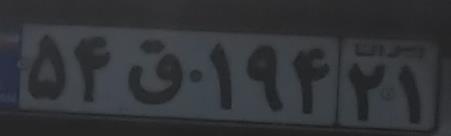
۵۴ق۱۹۴۲۱